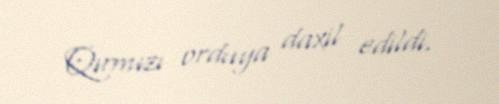
Qırmızı orduya daxil edildi.